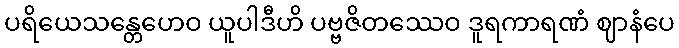
ပရိယေသန္တေဟေဝ ယူပါဒီဟိ ပဗ္ဗဇိတဿေဝ ဒူရကာရဏံ ဈာနံပေ